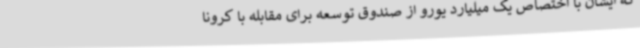
که ایشان با اختصاص یک میلیارد یورو از صندوق توسعه برای مقابله با کرونا